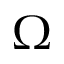
\Omega